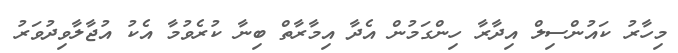
މިހާރު ކައުންސިލް އިދާރާ ހިންގަމުން އެދާ އިމާރާތް ބިނާ ކުރެވުމާ އެކު އުޖާލާވިދުވަރު